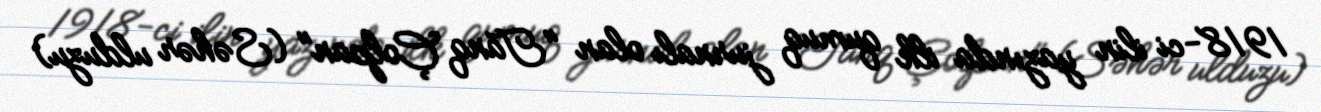
1918-ci ilin yazında ilk qumuq jurnalı olan "Tanq Çolpan" (Səhər ulduzu)